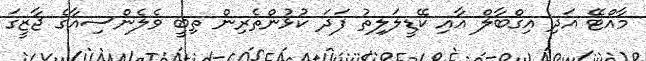
މާއްޓޭ އަދި އިގްބާލް އާއި ކޭޑީލަލިތު ފަދަ ކުޅުންތެރިން ތިބީ ވެލެންސިއާގެ ޖާޒީގަ